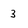
Character: 3